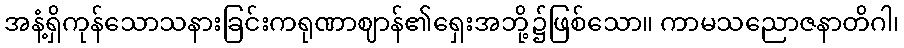
အနံ့ရှိကုန်သောသနားခြင်းကရုဏာဈာန်၏ရှေးအဘို့၌ဖြစ်သော။ ကာမသညောဇနာတိဂါ၊